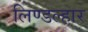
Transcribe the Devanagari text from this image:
लिण्डल्हार